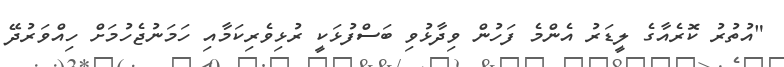
"އުތުރު ކޮރެއާގެ ލީޑަރު އެންމެ ފަހުން ވިދާޅުވި ބަސްފުޅަކީ ރުޅިވެރިކަމާއި ހަމަނުޖެހުމަށް ހިއްވަރުދޭ